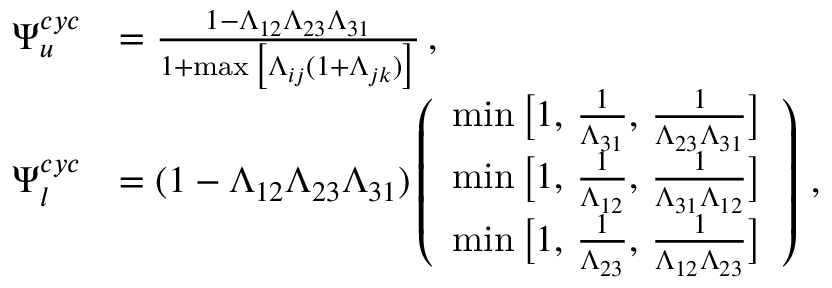
\begin{array} { r l } { \Psi _ { u } ^ { c y c } } & { = \frac { 1 - \Lambda _ { 1 2 } \Lambda _ { 2 3 } \Lambda _ { 3 1 } } { 1 + \operatorname* { m a x } \big [ \Lambda _ { i j } ( 1 + \Lambda _ { j k } ) \big ] } \, , } \\ { \Psi _ { l } ^ { c y c } } & { = ( 1 - \Lambda _ { 1 2 } \Lambda _ { 2 3 } \Lambda _ { 3 1 } ) \left( \begin{array} { l } { \operatorname* { m i n } \big [ 1 , \, \frac { 1 } { \Lambda _ { 3 1 } } , \, \frac { 1 } { \Lambda _ { 2 3 } \Lambda _ { 3 1 } } \big ] } \\ { \operatorname* { m i n } \big [ 1 , \, \frac { 1 } { \Lambda _ { 1 2 } } , \, \frac { 1 } { \Lambda _ { 3 1 } \Lambda _ { 1 2 } } \big ] } \\ { \operatorname* { m i n } \big [ 1 , \, \frac { 1 } { \Lambda _ { 2 3 } } , \, \frac { 1 } { \Lambda _ { 1 2 } \Lambda _ { 2 3 } } \big ] } \end{array} \right) \, , } \end{array}